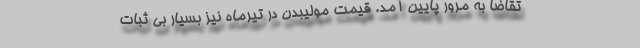
تقاضا به مرور پایین آمد. قیمت مولیبدن در تیرماه نیز بسیار بی ثبات